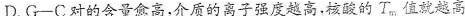
D.G-C对的含量愈高，介质的离子强度越高，核酸的T_{m}值就越高